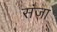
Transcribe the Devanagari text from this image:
संजा